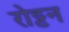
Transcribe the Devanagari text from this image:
रोट्टन